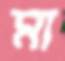
মা